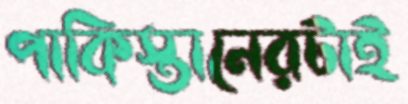
পাকিস্তানেরটাই